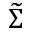
\widetilde { \Sigma }